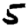
Digit: 5